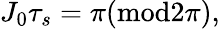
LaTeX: J_{0}\tau_{s}=\pi({\mathrm{mod}}2\pi),